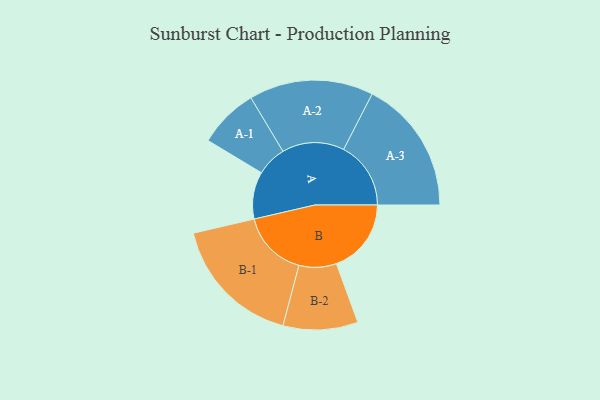
{"axis": {"x": "Segment", "y": "Value"}, "legend": ["", "A", "B"], "data": [{"x": "A", "y": 198, "type": ""}, {"x": "B", "y": 314, "type": ""}, {"x": "A-1", "y": 126, "type": "A"}, {"x": "A-2", "y": 261, "type": "A"}, {"x": "A-3", "y": 282, "type": "A"}, {"x": "B-1", "y": 279, "type": "B"}, {"x": "B-2", "y": 157, "type": "B"}]}